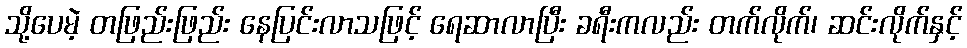
သို့ပေမဲ့ တဖြည်းဖြည်း နေပြင်းလာသဖြင့် ရေဆာလာပြီး ခရီးကလည်း တက်လိုက်၊ ဆင်းလိုက်နှင့်